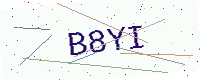
Text: B8YI